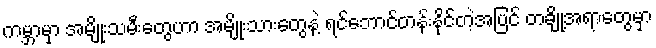
ကမ္ဘာမှာ အမျိုးသမီးတွေဟာ အမျိုးသားတွေနဲ့ ရင်ဘောင်တန်းနိုင်တဲ့အပြင် တချို့အရာတွေမှာ